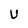
Character: U